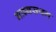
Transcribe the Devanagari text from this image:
माध्यसथम